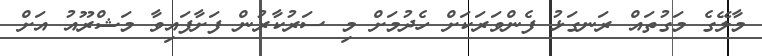
މާލޭގެ މަގުތައް ރަނގަޅު ފެންވަރަކަށް ހެދުމަށް މި ސަރުކާރުން ފަށާފައިވާ މަޝްރޫއު އަށް